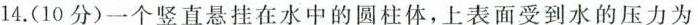
14.(10分)一个竖直悬挂在水中的圆柱体，上表面受到水的压力为